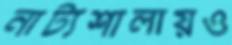
নাট্যশালায়ও